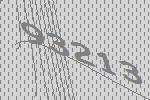
93213